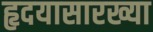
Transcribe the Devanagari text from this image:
हृदयासारख्या